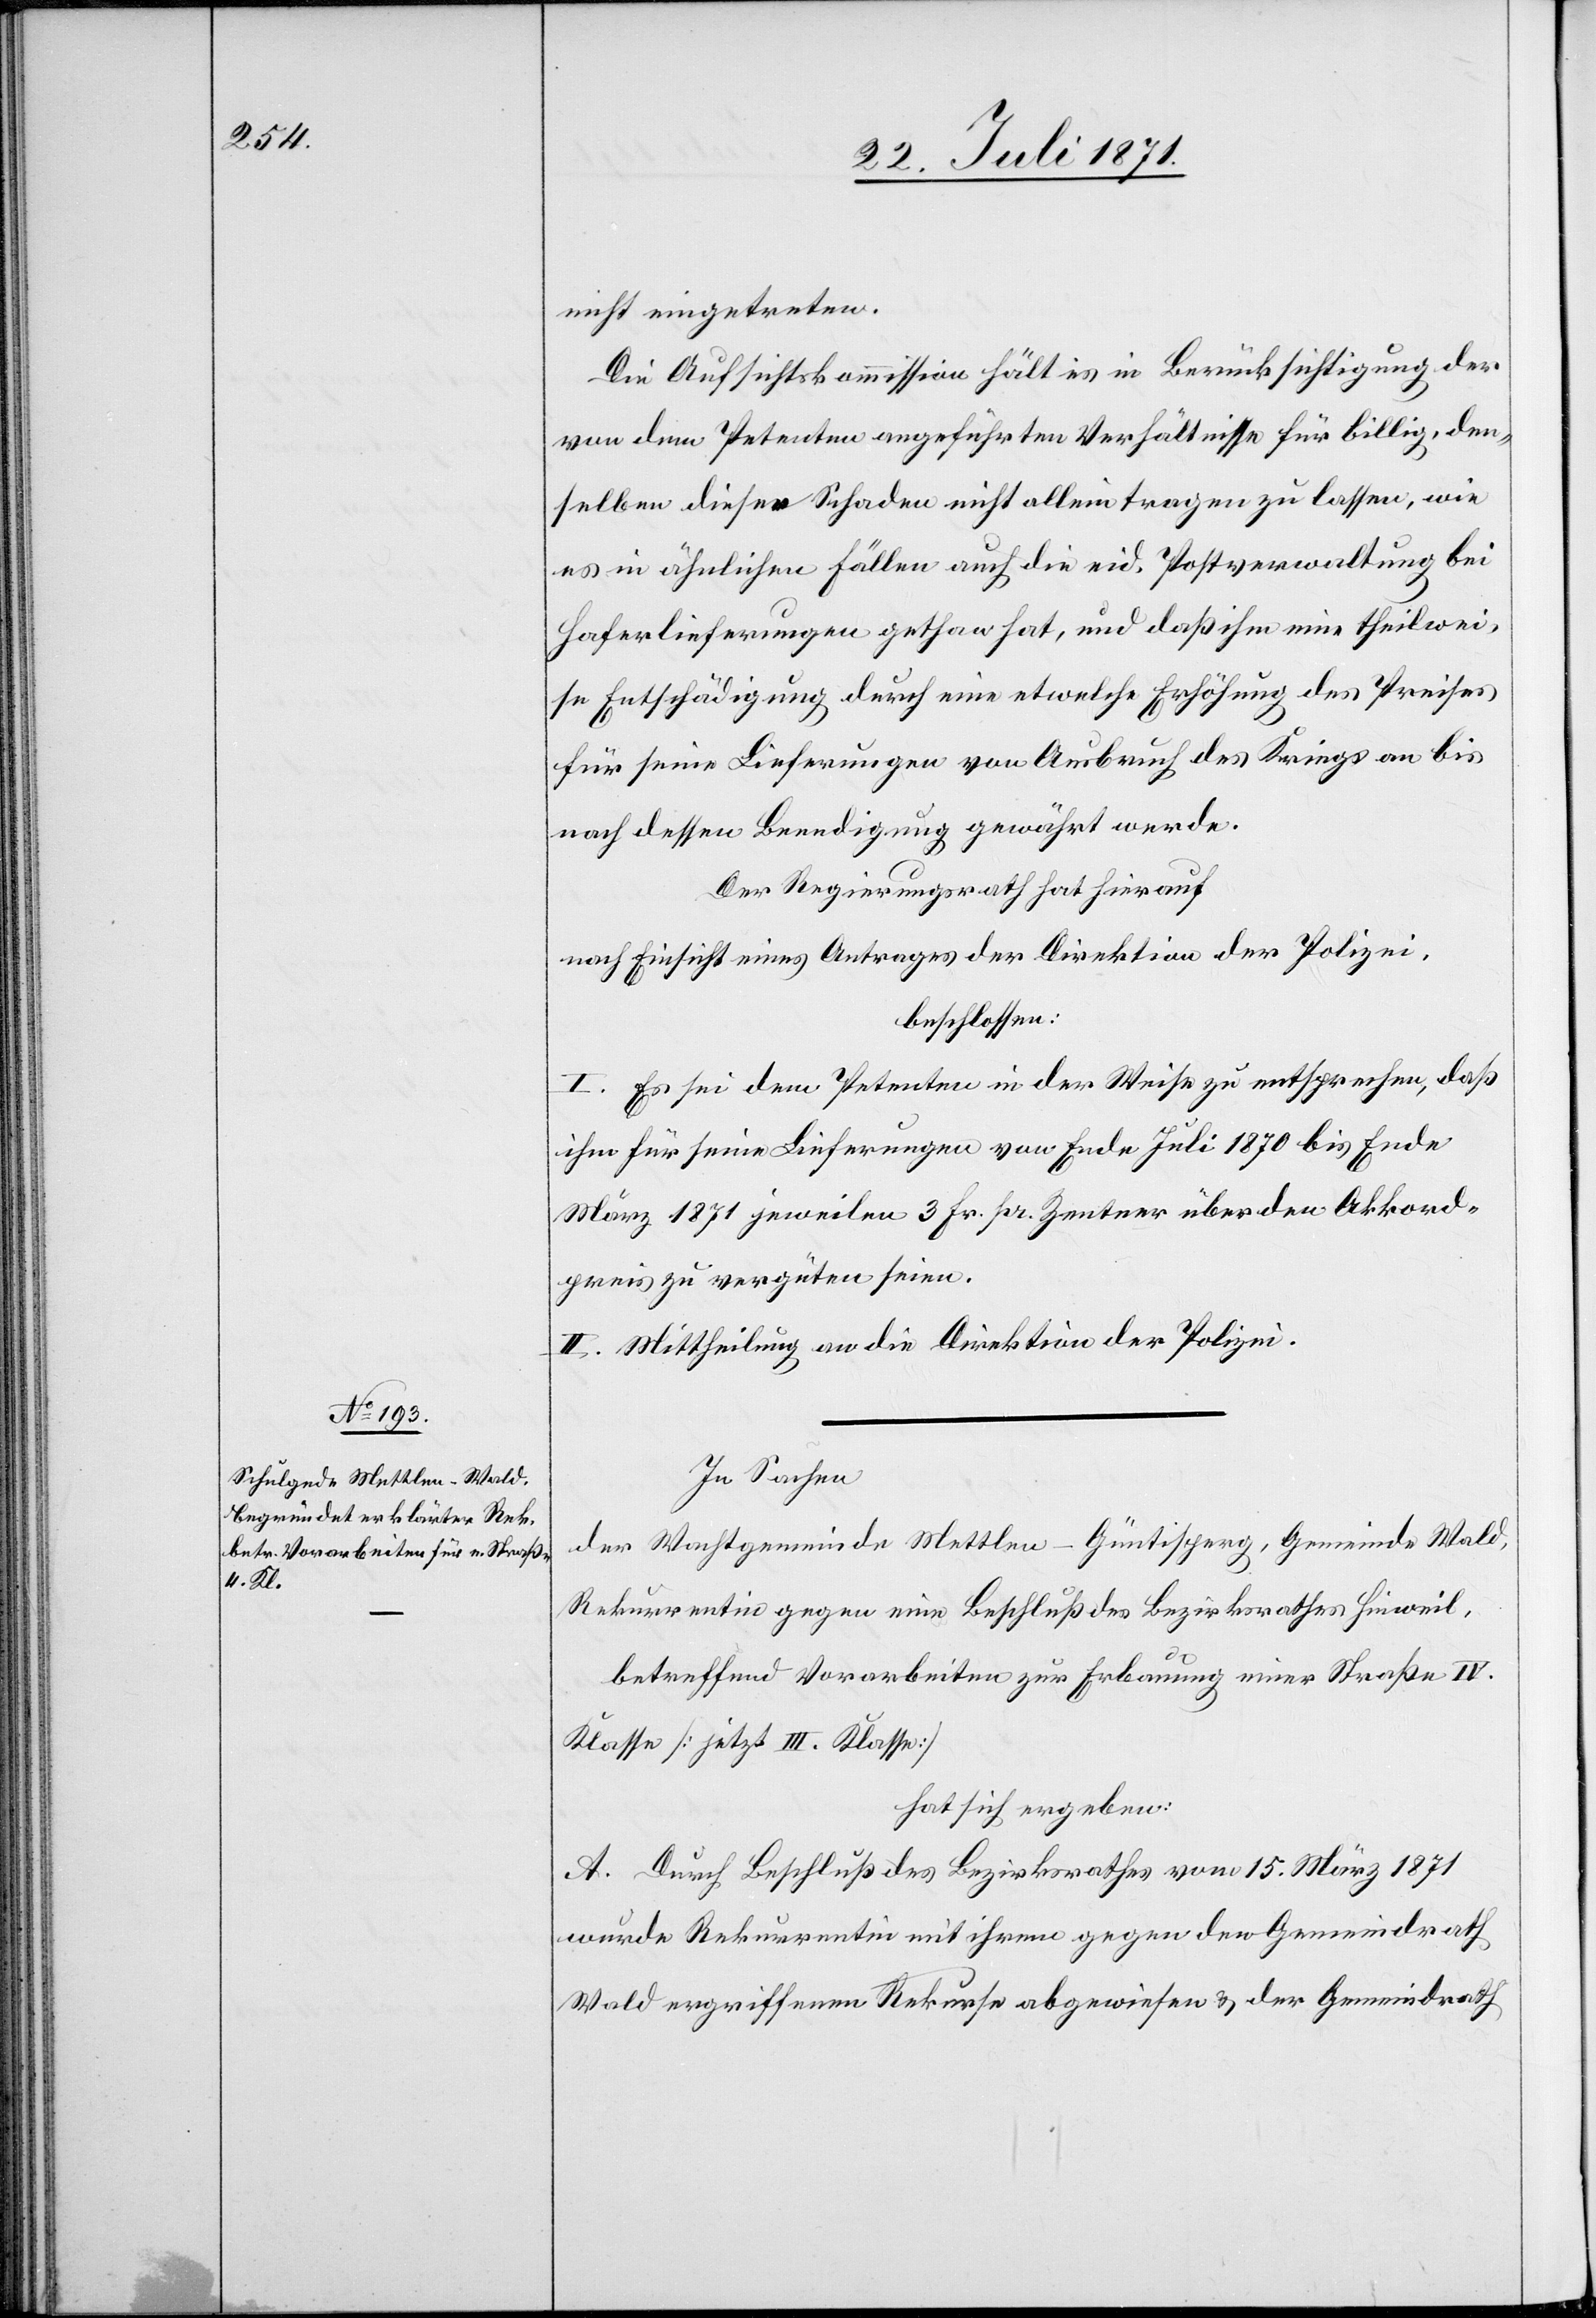
nicht eingetreten.
Die Aufsichtskommission hält es in Berücksichtigung der
von dem Petenten angeführten Verhältnisse für billig, den¬
selben diesen Schaden nicht allein tragen zu lassen, wie
es in ähnlichen Fällen auch die eid. Postverwaltung bei
Haferlieferungen gethan hat, und daß ihm eine theilwei¬
se Entschädigung durch eine etwelche Erhöhung des Preises
für seine Lieferungen von Ausbruch des Krieges an bis
nach dessen Beendigung gewährt werde.
Der Regierungsrath hat hierauf
nach Einsicht eines Antrages der Direktion der Polizei,
beschlossen:
I. Es sei dem Petenten in der Weise zu entsprechen, daß
ihm für seine Lieferung von Ende Juli 1870 bis Ende
März 1871 jeweilen 3 Fr. pr. Zentner über den Akkord¬
preis zu vergüten seien.
II. Mittheilung an die Direktion der Polizei.
In Sachen
der Wachtgemeinde Mettlen-Güntisperg, Gemeinde Wald,
Rekurrentin gegen eine [sic!] Beschluß des Bezirksrathes Hinweil,
betreffend Vorarbeiten zur Erbauung einer Straße IV.
Klaße [jetzt III. Klasse]
hat sich ergeben:
A. Durch Beschluß des Bezirksrathes vom 15. März 1871
wurde Rekurrentin mit ihrem gegen den Gemeindrath
Wald ergriffenen Rekurse abgewiesen u. der Gemeindrath